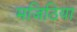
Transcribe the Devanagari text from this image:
मजिठिया